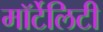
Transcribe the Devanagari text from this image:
मॉर्टेलिटी